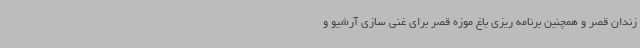
زندان قصر و همچنین برنامه ریزی باغ موزه قصر برای غنی سازی آرشیو و